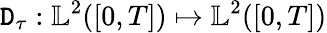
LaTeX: \mathtt{D}_{\tau}:\mathbb{{L}}^{2}([0,T])\mapsto\mathbb{{L}}^{2}([0,T])